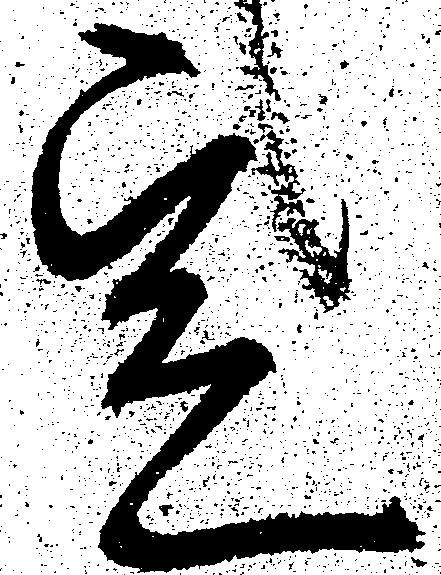
定